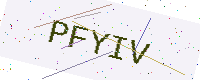
Text: PFYIV